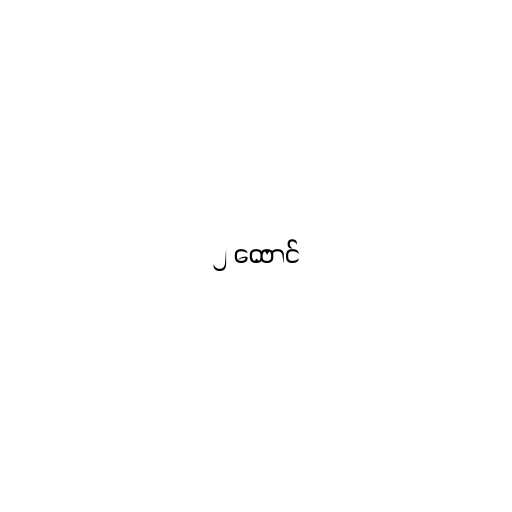
၂ ထောင်